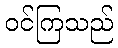
ဝင်ကြသည်